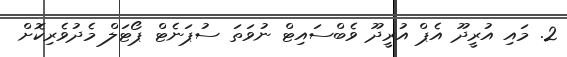
2. މައި އުރީދޫ އެޕް އުރީދޫ ވެބްސައިޓް ނުވަތަ ސުޕަނެޓް ޕޯޓަލް މެދުވެރިކޮށް